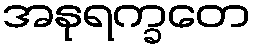
အနုရက္ခတေ